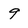
Character: 9